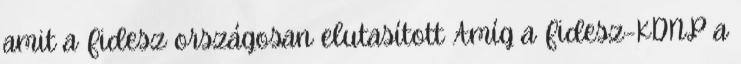
amit a Fidesz országosan elutasított Amíg a Fidesz-KDNP a